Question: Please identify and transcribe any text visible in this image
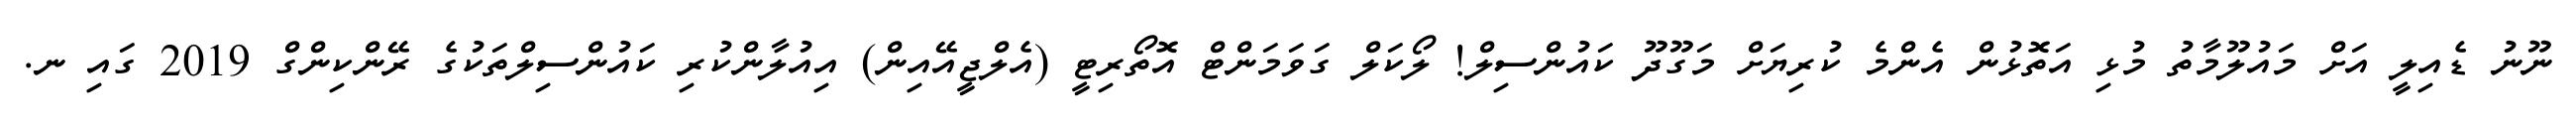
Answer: ނޫނު ޑެއިލީ އަށް މައުލޫމާތު މުޅި އަތޮޅުން އެންމެ ކުރިޔަށް މަގޫދޫ ކައުންސިލް! ލޯކަލް ގަވަމަންޓް އޮތޯރިޓީ (އެލްޖީއޭއިން) އިއުލާންކުރި ކައުންސިލްތަކުގެ ރޭންކިންގް 2019 ގައި ނ.